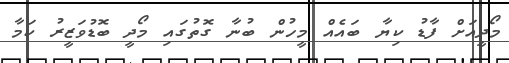
މޯދީއަށް ފާޑު ކިޔާ ބައެއް މީހުން ބުނާ ގޮތުގައި މޯދީ ބޮޑުވަޒީރު ކަމާ